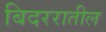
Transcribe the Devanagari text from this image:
बिदररातील